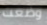
وضعت